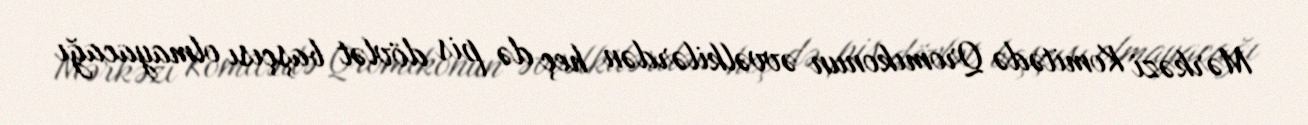
Mərkəzi Komitədə Qromıkonun əvvəlkilərdən heç də pis dövlət başçısı olmayacağı